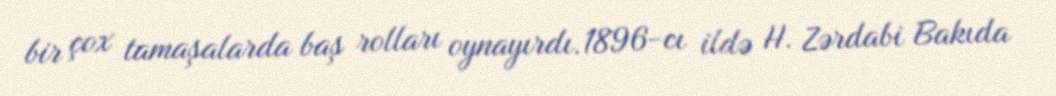
bir çox tamaşalarda baş rolları oynayırdı.1896-cı ildə H. Zərdabi Bakıda